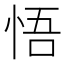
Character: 悟